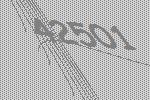
42501